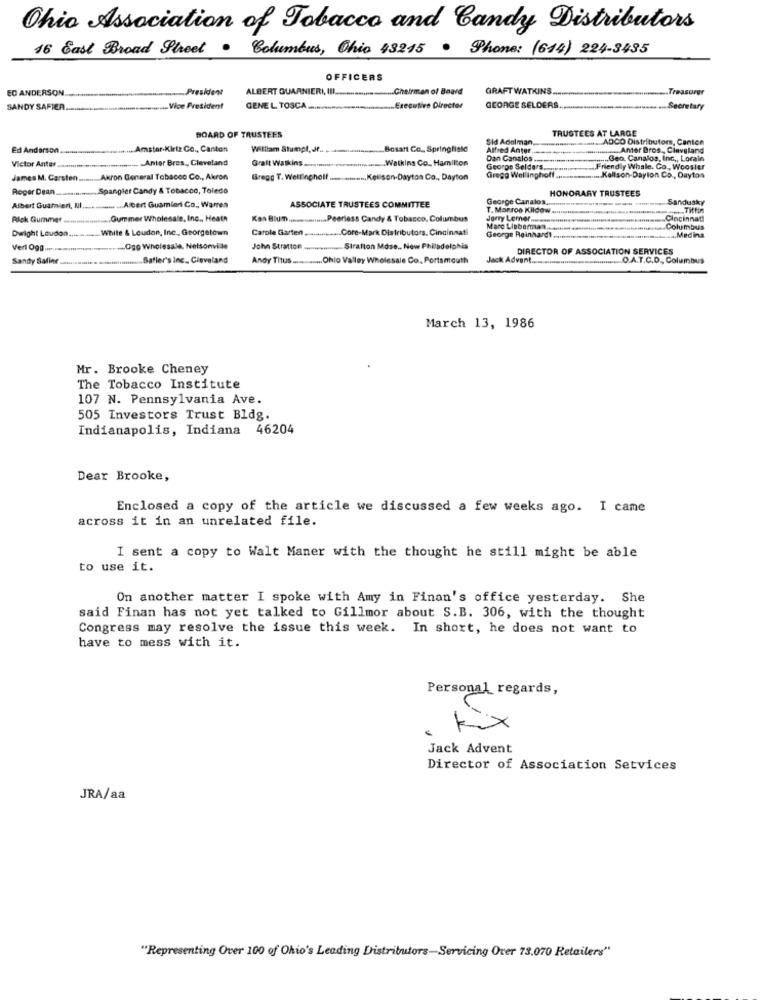
Ohio Association of Tobacco and Candy Distributors
16 East Broad Street . Columbus, Ohio 43215 . Phone: (614) 224-3435
OFFICERS
EC ANDERSON
President
ALBERT GUARNIERI, III
Chairman of Board
GRAFT WATKINS.
Treasurer
SANDY SAFIER.
www.Vice President
GENEL TOSCA ..
... Executive Director
GEORGE SELDERS
Secretary
BOARD OF TRUSTEES
TRUSTEES AT LARGE
Sid Adalman
==_ ADCO Distributor, Canton
Ed Anderson.
Amster-Kirtr Co ., Canton
William Stumpt, Jf ...
Bosan Co_ Springfield
Alfred Anter
-Antor Bros ., Cleveland
Victor Antes
Anter Bros ., Cleveland
Graft Walkins-mm
Watkins Co. Hamilton
Dan Canalos .--.......
-.... Gen. Canalos, Inc ., Lorain
George Selders ...
Grega Wellinghoff ..
Friendly Whale. Co ., Woosler
James M. Carsten.
...... Akron General Tobacco Co ., Akron
Gregg T. Wellingnolf ........... Kellison-Dayton Co ., Dayton
wassenin Kallson-Dayton Co ., Oaytos
Roger Dean .............. Spangler Candy & Tobacco, Toledo
HONORARY TRUSTEES
George Canalos ...
Sandusky
Albert Guarnieri, NI.
........ ... Abert Guamieri Co ., Warren
ASSOCIATE TRUSTEES COMMITTEE
T. Morros Kildow.
... . Tiffin
Rlok Gurniner .........
..... Gummer Wholesale, Inc ., Heath
Kas Blum .......... Peerless Candy & Tobacco. Columbus
dorry Lemer ........
Cincinnati
White & Loudon, Inc ., Georgetown
Carole Garten.
www ... Core-Mark Distributors. Cincinnat
Marc Lieberman ...
George Reinhardt.
.Columbus
Dwight Loudon ..
... Medina
Verl 0gg .......
-Ogo wholesale. Nelsonville
John Stratton
......... Stratton Mose .. New Philadelphia
DIRECTOR OF ASSOCIATION SERVICES
Sandy Salier
Safler's inc. Cleveland
Andy Titus ............ Ohio Valley Wholesale Co. Portsmouth
Jack Advent .......
............. A.T.C.D ., Columbus
March 13, 1986
Mr. Brooke Cheney
The Tobacco Institute
107 N. Pennsylvania Ave.
505 Investors Trust Bldg.
Indianapolis, Indiana 46204
Dear Brooke,
Enclosed a copy of the article we discussed a few weeks ago. I came
across it in an unrelated file.
I sent a copy to Walt Maner with the thought he still might be able
to use it.
On another matter I spoke with Amy in Finan's office yesterday. She
said Finan has not yet talked to Gillmor about S.B. 306, with the thought
Congress may resolve the issue this week. In short, he does not want to
have to mess with it.
Personal regards,
kix
Jack Advent
Director of Association Setvices
JRA/aa
"Representing Over 100 of Ohio's Leading Distributors-Servicing Over 73.070 Retailers"